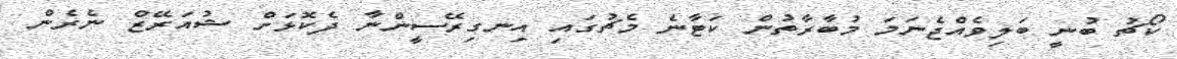
ކޯޗު ބުނީ ބަލިވެއްޖެނަމަ މުބާރާތުން ކަޓާނެ މެޗުގައި އިނގިރޭސީންނާ ދެކޮޅަށް ޝުއަރޭޒް ނެރެން